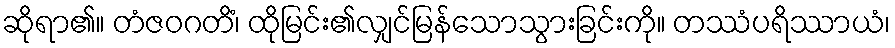
ဆိုရာ၏။ တံဇဝဂတိံ၊ ထိုမြင်း၏လျှင်မြန်သောသွားခြင်းကို။ တဿံပရိဿာယံ၊